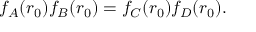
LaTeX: f _ { A } ( r _ { 0 } ) f _ { B } ( r _ { 0 } ) = f _ { C } ( r _ { 0 } ) f _ { D } ( r _ { 0 } ) .